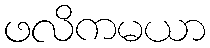
ဖလိကမယာ